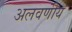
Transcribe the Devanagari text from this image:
अलवणीय